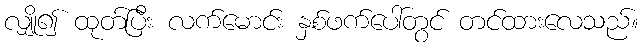
လျှို၍ ထုတ်ပြီး လက်မောင်း နှစ်ဖက်ပေါ်တွင် တင်ထားလေသည်။